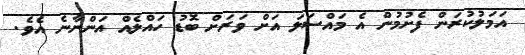
އަމަލުކުރަން ފެށުމުން އެ މައްސަލަ އަށް ވަރަށް ބޮޑު ހައްލެއް އަންނާނެ އެވެ.